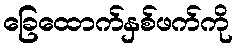
ခြေထောက်နှစ်ဖက်ကို